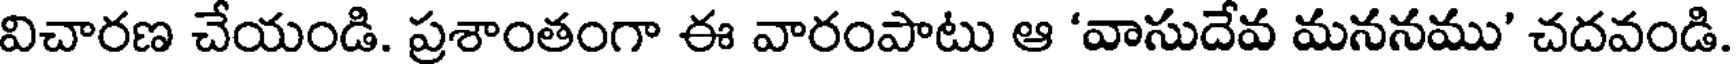
విచారణ చేయండి. ప్రశాంతంగా ఈ వారంపాటు ఆ 'వాసుదేవ మననము' చదవండి